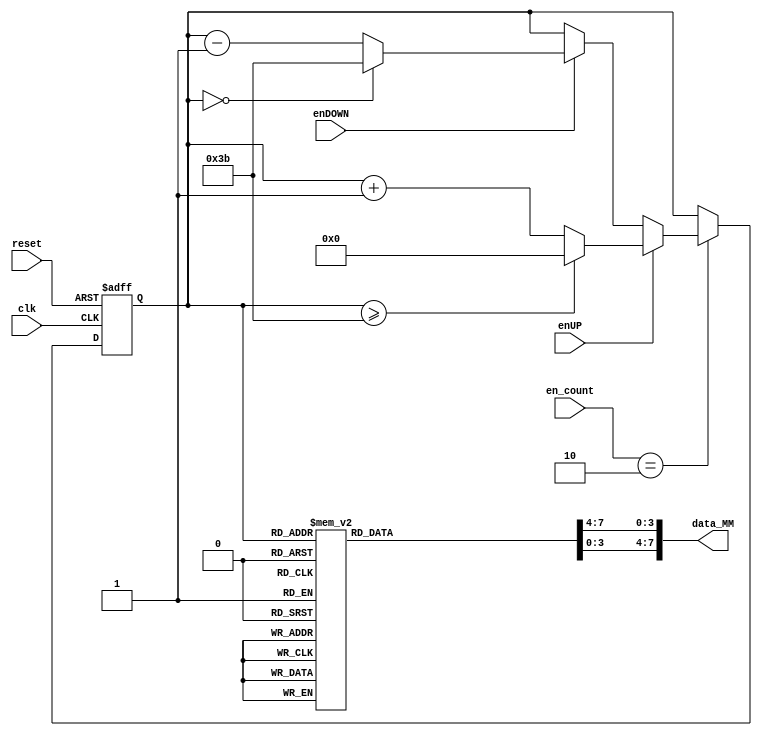
module contador_AD_MM_2dig
(
input wire clk,
input wire reset,
input wire [3:0] en_count,
input wire enUP,
input wire enDOWN,
output wire [7:0] data_MM
);

localparam N = 6; // Para definir el nmero de bits del contador (hasta 59->6 bits)
//Declaracin de seales
reg [N-1:0] q_act, q_next;
wire [N-1:0] count_data;
reg [3:0] digit1, digit0;

//Descripcin del comportamiento
always@(posedge clk, posedge reset)
begin	
	
	if(reset)
	begin
		q_act <= 6'b0;
	end
	
	else
	begin
		q_act <= q_next;
	end
end


//Lgica de salida
always@*
begin

	if (en_count == 2)
	begin
		if (enUP)
		begin
			if (q_act >= 6'd59) q_next = 6'd0;
			else q_next = q_act + 6'd1;
		end
		
		else if (enDOWN)
		begin
			if (q_act == 6'd0) q_next = 6'd59;
			else q_next = q_act - 6'd1;
		end
		else q_next = q_act;
	end
	else q_next = q_act;
	
end

assign count_data = q_act;

//Decodificacin BCD (2 dgitos)

always@*
begin
case(count_data)
6'd0: begin digit1 = 4'b0000; digit0 = 4'b0000; end
6'd1: begin digit1 = 4'b0000; digit0 = 4'b0001; end
6'd2: begin digit1 = 4'b0000; digit0 = 4'b0010; end
6'd3: begin digit1 = 4'b0000; digit0 = 4'b0011; end
6'd4: begin digit1 = 4'b0000; digit0 = 4'b0100; end
6'd5: begin digit1 = 4'b0000; digit0 = 4'b0101; end
6'd6: begin digit1 = 4'b0000; digit0 = 4'b0110; end
6'd7: begin digit1 = 4'b0000; digit0 = 4'b0111; end
6'd8: begin digit1 = 4'b0000; digit0 = 4'b1000; end
6'd9: begin digit1 = 4'b0000; digit0 = 4'b1001; end

6'd10: begin digit1 = 4'b0001; digit0 = 4'b0000; end
6'd11: begin digit1 = 4'b0001; digit0 = 4'b0001; end
6'd12: begin digit1 = 4'b0001; digit0 = 4'b0010; end
6'd13: begin digit1 = 4'b0001; digit0 = 4'b0011; end
6'd14: begin digit1 = 4'b0001; digit0 = 4'b0100; end
6'd15: begin digit1 = 4'b0001; digit0 = 4'b0101; end
6'd16: begin digit1 = 4'b0001; digit0 = 4'b0110; end
6'd17: begin digit1 = 4'b0001; digit0 = 4'b0111; end
6'd18: begin digit1 = 4'b0001; digit0 = 4'b1000; end
6'd19: begin digit1 = 4'b0001; digit0 = 4'b1001; end

6'd20: begin digit1 = 4'b0010; digit0 = 4'b0000; end
6'd21: begin digit1 = 4'b0010; digit0 = 4'b0001; end
6'd22: begin digit1 = 4'b0010; digit0 = 4'b0010; end
6'd23: begin digit1 = 4'b0010; digit0 = 4'b0011; end
6'd24: begin digit1 = 4'b0010; digit0 = 4'b0100; end
6'd25: begin digit1 = 4'b0010; digit0 = 4'b0101; end
6'd26: begin digit1 = 4'b0010; digit0 = 4'b0110; end
6'd27: begin digit1 = 4'b0010; digit0 = 4'b0111; end
6'd28: begin digit1 = 4'b0010; digit0 = 4'b1000; end
6'd29: begin digit1 = 4'b0010; digit0 = 4'b1001; end

6'd30: begin digit1 = 4'b0011; digit0 = 4'b0000; end
6'd31: begin digit1 = 4'b0011; digit0 = 4'b0001; end
6'd32: begin digit1 = 4'b0011; digit0 = 4'b0010; end
6'd33: begin digit1 = 4'b0011; digit0 = 4'b0011; end
6'd34: begin digit1 = 4'b0011; digit0 = 4'b0100; end
6'd35: begin digit1 = 4'b0011; digit0 = 4'b0101; end
6'd36: begin digit1 = 4'b0011; digit0 = 4'b0110; end
6'd37: begin digit1 = 4'b0011; digit0 = 4'b0111; end
6'd38: begin digit1 = 4'b0011; digit0 = 4'b1000; end
6'd39: begin digit1 = 4'b0011; digit0 = 4'b1001; end

6'd40: begin digit1 = 4'b0100; digit0 = 4'b0000; end
6'd41: begin digit1 = 4'b0100; digit0 = 4'b0001; end
6'd42: begin digit1 = 4'b0100; digit0 = 4'b0010; end
6'd43: begin digit1 = 4'b0100; digit0 = 4'b0011; end
6'd44: begin digit1 = 4'b0100; digit0 = 4'b0100; end
6'd45: begin digit1 = 4'b0100; digit0 = 4'b0101; end
6'd46: begin digit1 = 4'b0100; digit0 = 4'b0110; end
6'd47: begin digit1 = 4'b0100; digit0 = 4'b0111; end
6'd48: begin digit1 = 4'b0100; digit0 = 4'b1000; end
6'd49: begin digit1 = 4'b0100; digit0 = 4'b1001; end

6'd50: begin digit1 = 4'b0101; digit0 = 4'b0000; end
6'd51: begin digit1 = 4'b0101; digit0 = 4'b0001; end
6'd52: begin digit1 = 4'b0101; digit0 = 4'b0010; end
6'd53: begin digit1 = 4'b0101; digit0 = 4'b0011; end
6'd54: begin digit1 = 4'b0101; digit0 = 4'b0100; end
6'd55: begin digit1 = 4'b0101; digit0 = 4'b0101; end
6'd56: begin digit1 = 4'b0101; digit0 = 4'b0110; end
6'd57: begin digit1 = 4'b0101; digit0 = 4'b0111; end
6'd58: begin digit1 = 4'b0101; digit0 = 4'b1000; end
6'd59: begin digit1 = 4'b0101; digit0 = 4'b1001; end


default:  begin digit1 = 0; digit0 = 0; end
endcase
end

assign data_MM = {digit1,digit0};

endmodule